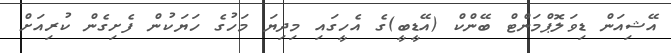
އޭޝިއަން ޑިވަލޮޕްމަންޓް ބޭންކް (އޭޑީބީ)ގެ އެހީގައި މިދިޔަ މަހުގެ ހަޔަކުން ފެށިގެން ކުރިއަށް